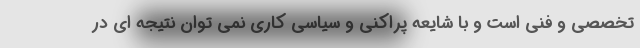
تخصصی و فنی است و با شایعه پراکنی و سیاسی کاری نمی توان نتیجه ای در